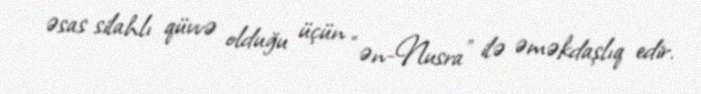
əsas silahlı qüvvə olduğu üçün “ən-Nusra” ilə əməkdaşlıq edir.